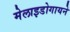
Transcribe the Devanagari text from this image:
मेलाइडोगायने